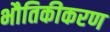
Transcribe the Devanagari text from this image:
भौतिकीकरण